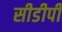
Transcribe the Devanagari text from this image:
सीडीपी